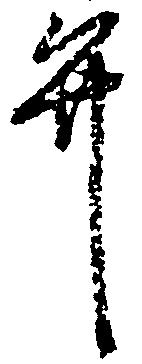
弁